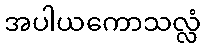
အပါယကောသလ္လံ